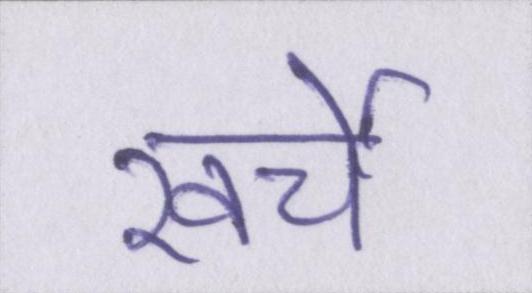
खर्चे